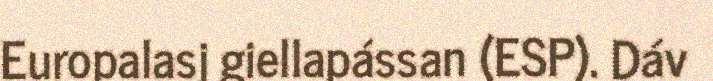
Europalasj giellapássan (ESP). Dáv